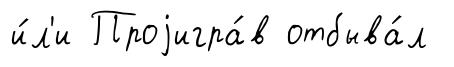
и́л'и Проjигра́в отбыва́л